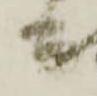
公